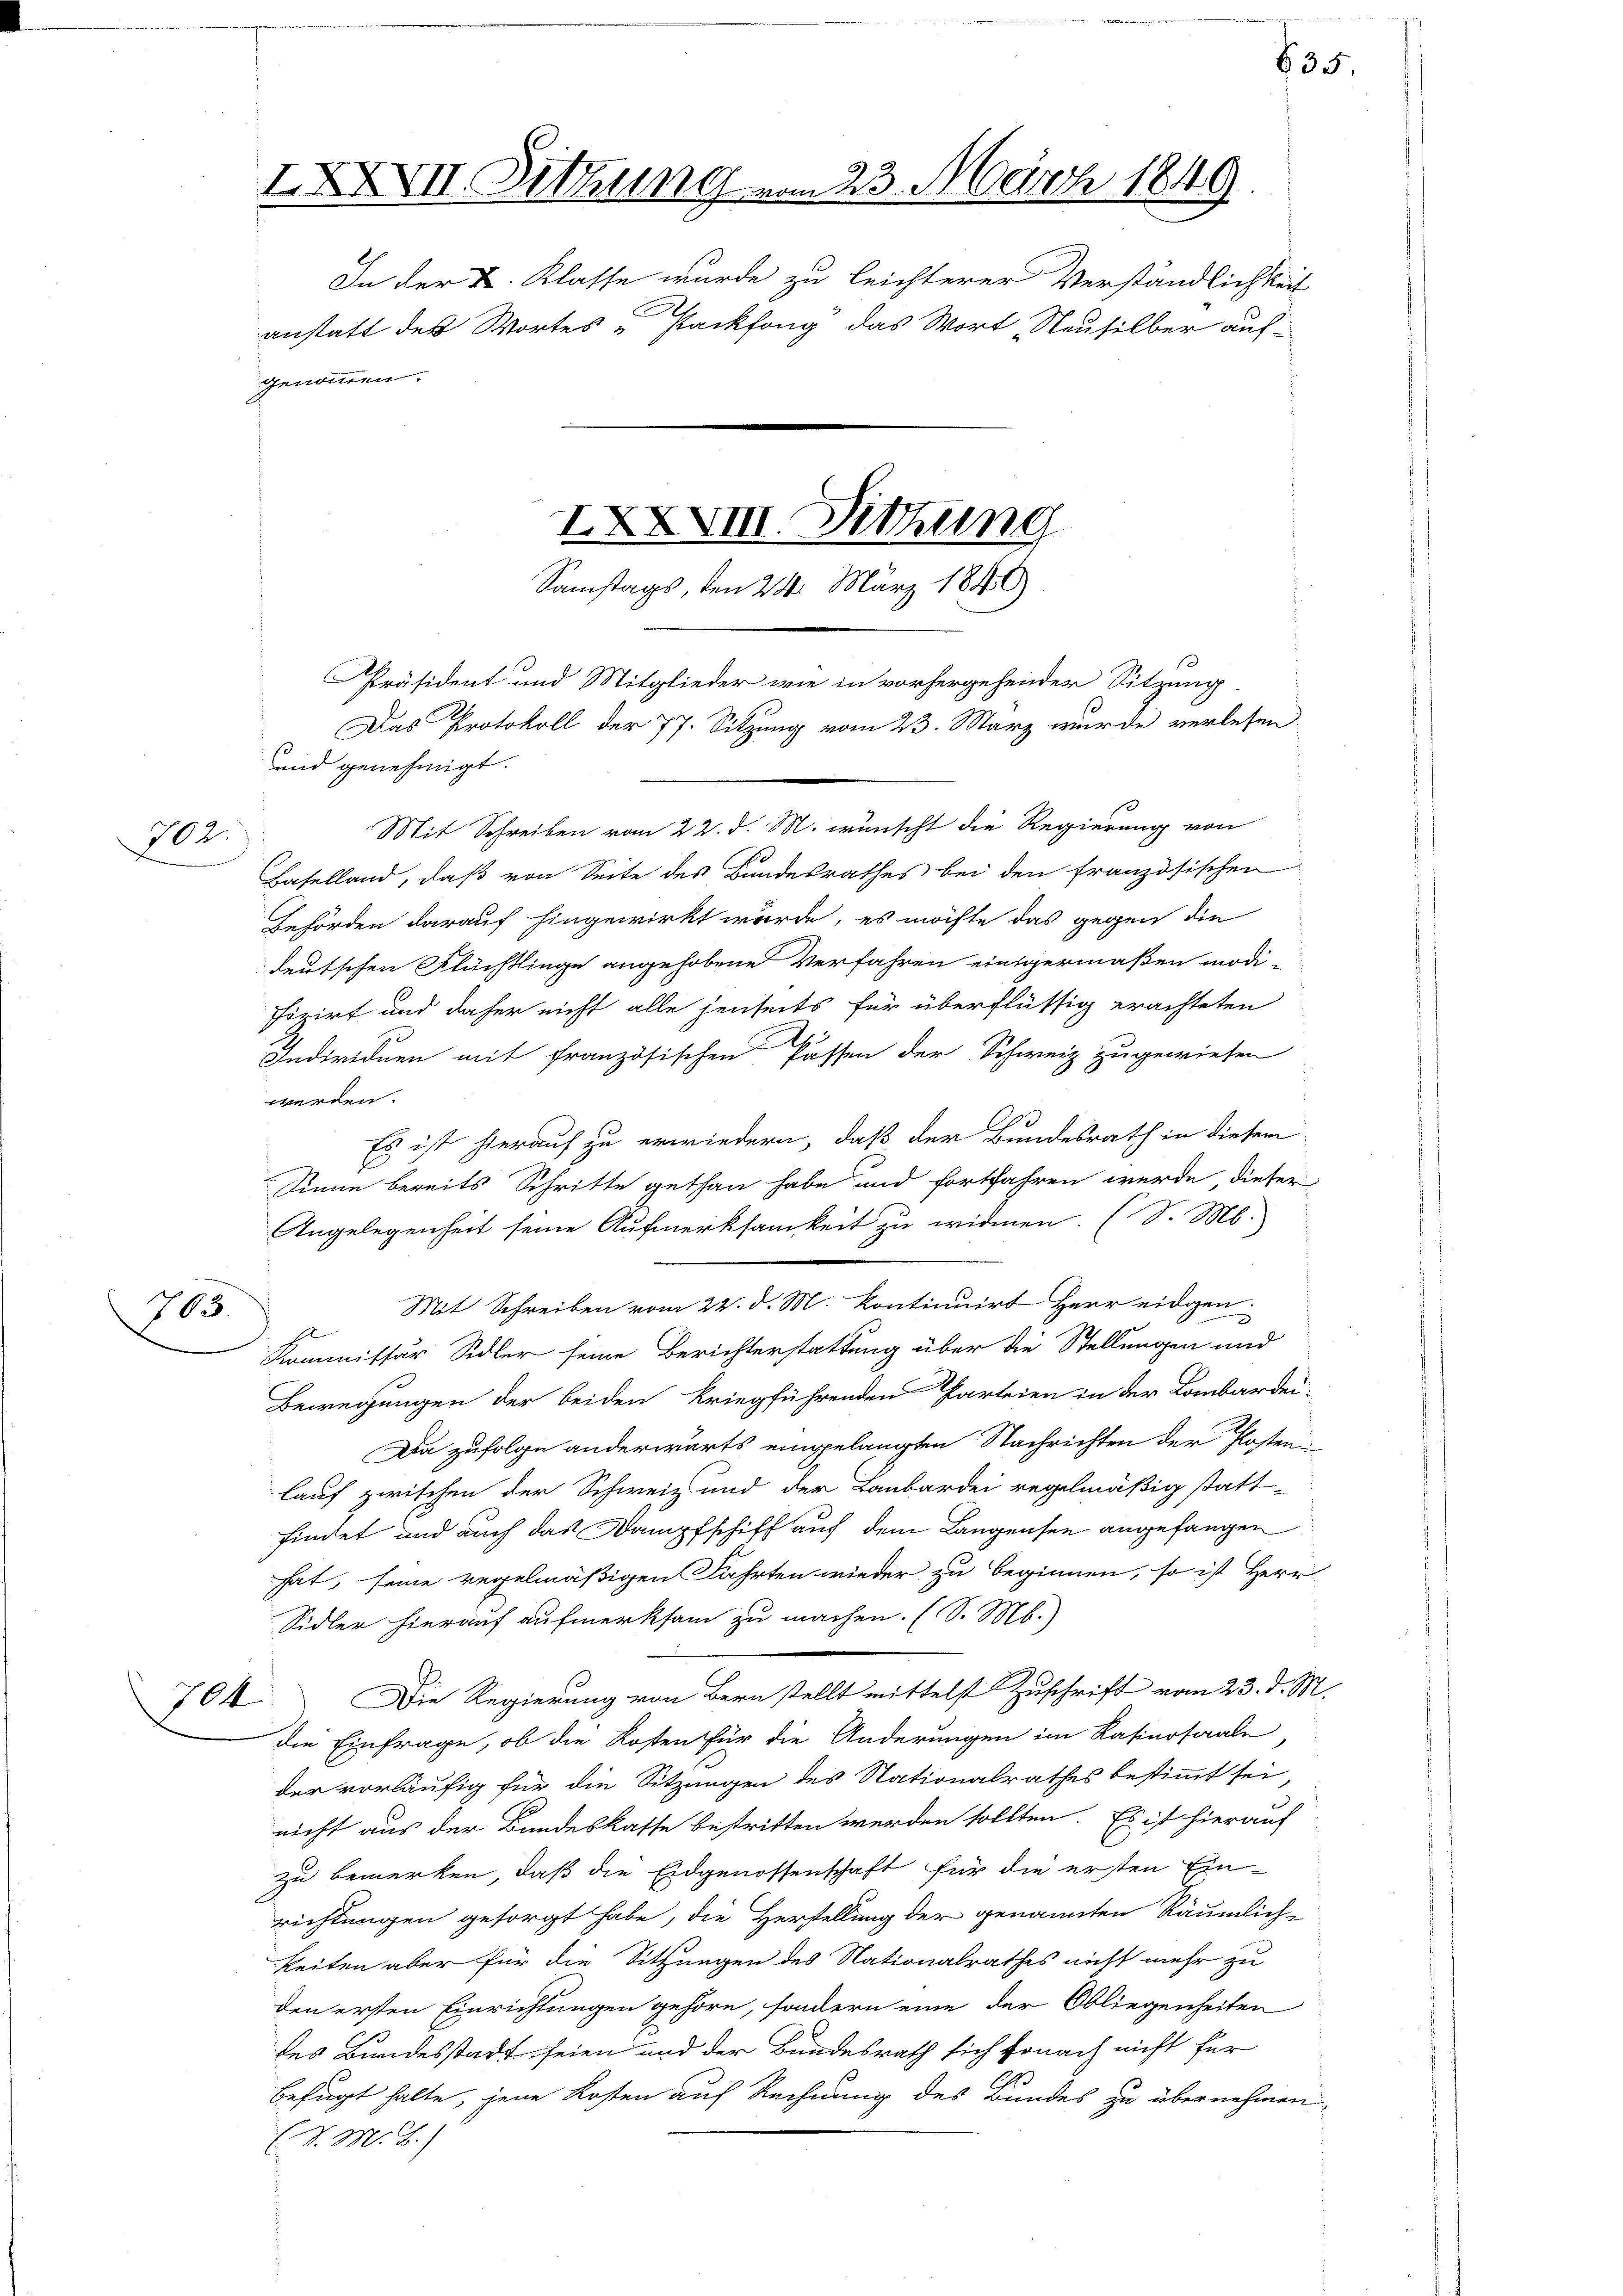
702.

763.

IXXXVII. Sitzung vom 23. März 1849.
In der K. Klasse wurde zu leichterer Verständlichkeit
.
anstatt des Wortes „Packfong das Wort Neusilber aufgenommen.
IXXVIII. Sitzung
Samstags, den 24. März 1846)

und genehmigt.
Mit Schreiben vom 22. d. M. wünscht die Regierung von
Baselland, daß von Seite des Bundesrathes bei den französischen
Gehörden darauf hingewirkt wurde, es möchte das gegen die
deutschen Flüchtlinge angehobene Verfahren einigermaßen modi-
fizirt und daher nicht alle jenseits für überflüssig erachteten
Individuen mit französischen Passen der Schweiz zugewiesen
werden.
Es ist hierauf zu erwiedern, daß der Bundesrath in diesem
Sinne bereits Schritte gethan habe und fortfahren werde, dieser
Angelegenheit seine Aufmerksamkeit zu widmen. (S. M.
Mit Schreiben vom 22. d. M. kontinuirt Herr eidgen
n
Kommissär Sidler seine Berichterstattung über die Stellungen und
Bewegungen der beiden kriegführenden Parteien in der Lombardei-
Da zufolge anderwärts eingelangten Nachrichten der Posten
lauf zwischen der Schweiz und der Laubardei regelmäßig statt-
findet und auch das Dampfschiff auf dem Langensee angefangen
hat, seine regelmäßigen Fahrten wieder zu beginnen, so ist Herr
Sidler hierauf aufmerksam zu machen. (S. M.)
Die Regierung von Bern stellt mittelst Zuschrift vom 23. d. M.
704
die Einfrage, ob die Kosten für die Änderungen im Kasiersaale,
der vorläufig für die Sitzungen des Stationalrathes bestimmt sei
nicht aus der Bundeskasse bestritten werden sollten. Es ist hierauf
zu bemerken, daß die Eidgenossenschaft für die ersten Ein-
richtungen gesorgt habe, die Herstellung der genannten Räumlich-
keiten aber für die Sitzungen des Nationalrathes nicht mehr zu
den ersten Einrichtungen gehöre, sondern eine der Obliegenheiten
des Bundesstadt seien und der Bundesrath sich sonach nicht für
befugt halte, jene Kosten auf Rechnung des Bundes zu übernehmen
(V. M. Z.

Präsident und Mitglieder wie in vorhergehender Sitzung
Das Protokoll der 77. Sitzung vom 23. März wurde verlesen.

635.

s